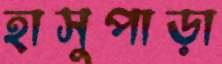
হাসুপাড়া